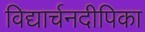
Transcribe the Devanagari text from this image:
विद्यार्चनदीपिका